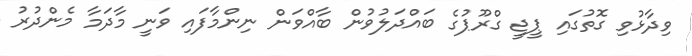
ވިދާޅުވި ގޮތުގައި ޕީޖީ ގްރޫޕުގެ ބައްދަލުވުން ބާއްވަން ނިންމާފައި ވަނީ މާދަމާ މެންދުރު